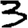
Digit: 3